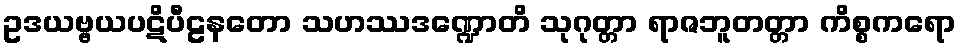
ဥဒယဗ္ဗယပဋိပီဠနတော သဟဿဒဏ္ဍောတိ သုဂုတ္တာ ရာဇဘူတတ္တာ ကိစ္စကရော